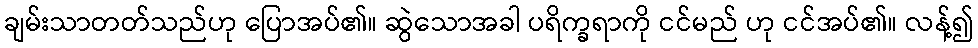
ချမ်းသာတတ်သည်ဟု ပြောအပ်၏။ ဆွဲသောအခါ ပရိက္ခရာကို ငင်မည် ဟု ငင်အပ်၏။ လန့်၍